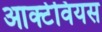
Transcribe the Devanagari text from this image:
आक्टेवियस